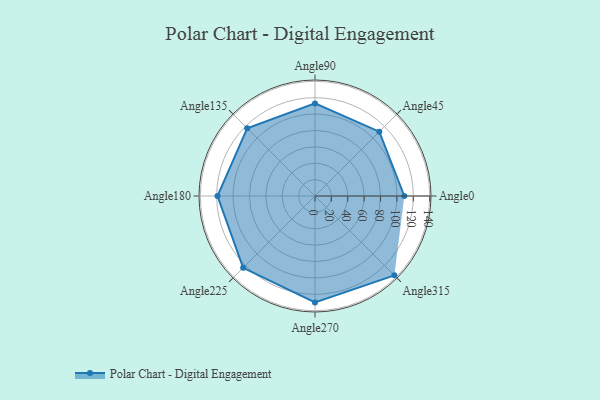
{"axis": {"x": "Angle", "y": "Radius"}, "legend": [""], "data": [{"x": "Angle0", "y": 109.0, "type": ""}, {"x": "Angle45", "y": 111.0, "type": ""}, {"x": "Angle90", "y": 113.0, "type": ""}, {"x": "Angle135", "y": 117.0, "type": ""}, {"x": "Angle180", "y": 119.0, "type": ""}, {"x": "Angle225", "y": 124.0, "type": ""}, {"x": "Angle270", "y": 130.0, "type": ""}, {"x": "Angle315", "y": 137.0, "type": ""}]}